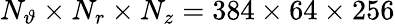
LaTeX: N_{\vartheta}\times N_{r}\times N_{z}=384\times 64\times 256